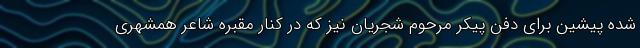
شده پیشین برای دفن پیکر مرحوم شجریان نیز که در کنار مقبره شاعر همشهری